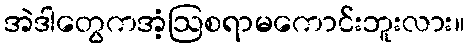
အဲဒါတွေကအံ့ဩစရာမကောင်းဘူးလား။